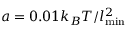
a = 0 . 0 1 k _ { B } T / l _ { \mathrm { m i n } } ^ { 2 }